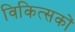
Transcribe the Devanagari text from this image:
विकित्सकों